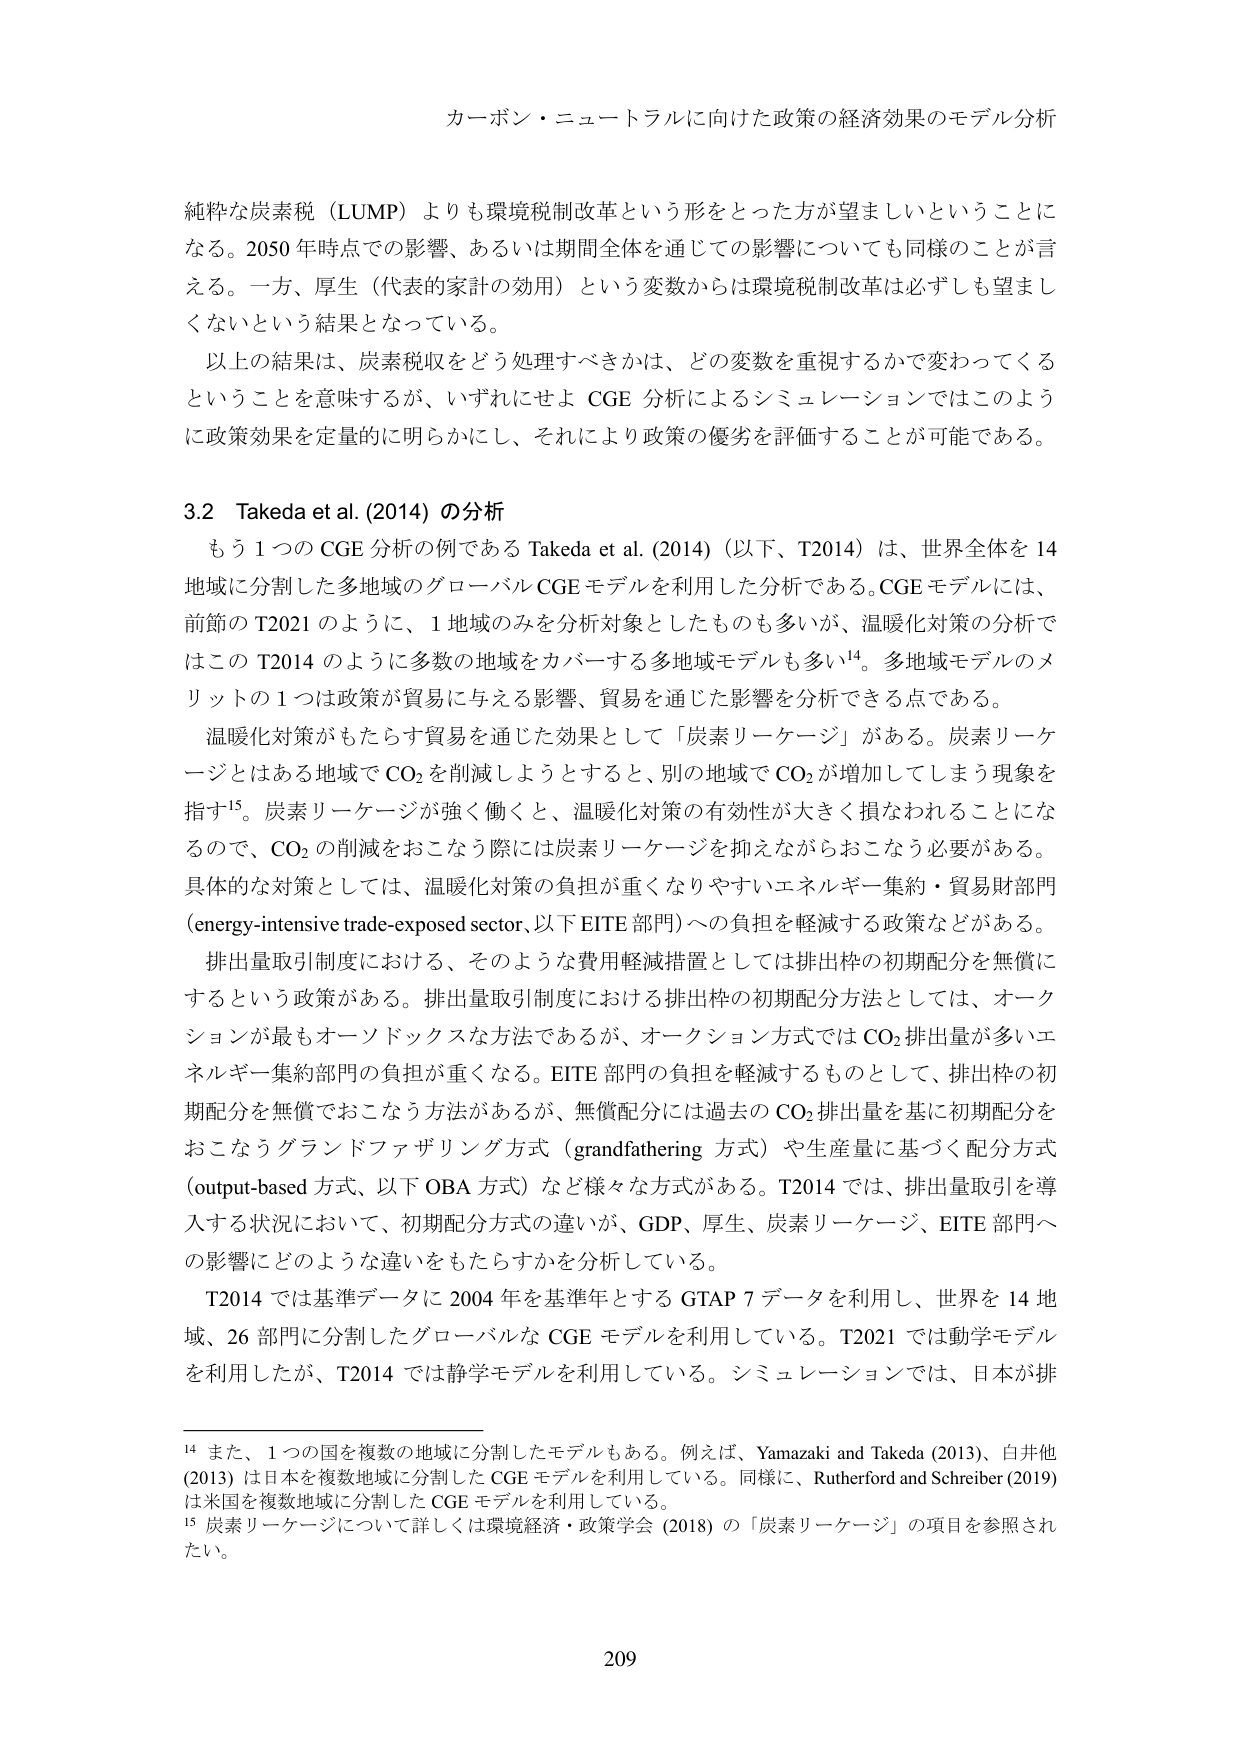
カーボン・ニュートラルに向けた政策の経済効果のモデル分析

純粋な炭素税（LUMP）よりも環境税制改革という形をとった方が望ましいということになる。2050年時点での影響、あるいは期間全体を通じての影響についても同様のことが言える。一方、厚生（代表的家計の効用）という変数からは環境税制改革は必ずしも望ましくないという結果となっている。

以上の結果は、炭素税収をどう処理すべきかは、どの変数を重視するかで変わってくるということを意味するが、いずれにせよCGE分析によるシミュレーションではこのように政策効果を定量的に明らかにし、それにより政策の優劣を評価することが可能である。

3.2 Takeda et al. (2014) の分析

もう1つのCGE分析の例であるTakeda et al. (2014)（以下、T2014）は、世界全体を14地域に分割した多地域のグローバルCGEモデルを利用した分析である。CGEモデルには、前節のT2021のように、1地域のみを分析対象としたものも多いが、温暖化対策の分析ではこのT2014のように多数の地域をカバーする多地域モデルも多い¹⁴。多地域モデルのメリットの1つは政策が貿易に与える影響、貿易を通じた影響を分析できる点である。

温暖化対策がもたらす貿易を通じた効果として「炭素リーケージ」がある。炭素リーケージとはある地域でCO₂を削減しようとすると、別の地域でCO₂が増加してしまう現象を指す¹⁵。炭素リーケージが強く働くと、温暖化対策の有効性が大きく損なわれることになるので、CO₂の削減をおこなう際には炭素リーケージを抑えながらおこなう必要がある。具体的な対策としては、温暖化対策の負担が重くなりやすいエネルギー集約・貿易財部門（energy-intensive trade-exposed sector、以下EITE部門）への負担を軽減する政策などがある。

排出量取引制度における、そのような費用軽減措置としては排出枠の初期配分を無償にするという政策がある。排出量取引制度における排出枠の初期配分方法としては、オークションが最もオーソドックスな方法であるが、オークション方式ではCO₂排出量が多いエネルギー集約部門の負担が重くなる。EITE部門の負担を軽減するものとして、排出枠の初期配分を無償でおこなう方法があるが、無償配分には過去のCO₂排出量を基に初期配分をおこなうグランドファザリング方式（grandfathering方式）や生産量に基づく配分方式（output-based方式、以下OBA方式）など様々な方式がある。T2014では、排出量取引を導入する状況において、初期配分方式の違いが、GDP、厚生、炭素リーケージ、EITE部門への影響にどのような違いをもたらすかを分析している。

T2014では基準データに2004年を基準年とするGTAP 7データを利用し、世界を14地域、26部門に分割したグローバルなCGEモデルを利用している。T2021では動学モデルを利用したが、T2014では静学モデルを利用している。シミュレーションでは、日本が排

¹⁴ また、1つの国を複数の地域に分割したモデルもある。例えば、Yamazaki and Takeda (2013)、白井他(2013)は日本を複数地域に分割したCGEモデルを利用している。同様に、Rutherford and Schreiber (2019)は米国を複数地域に分割したCGEモデルを利用している。

¹⁵ 炭素リーケージについて詳しくは環境経済・政策学会(2018)の「炭素リーケージ」の項目を参照されたい。

209